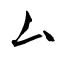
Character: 厶